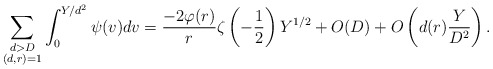
\begin{align*}\sum_{\substack{d> D\\(d,r)=1}}\int_{0}^{Y/d^2}\psi(v)dv=\dfrac{-2\varphi(r)}{r}\zeta\left(-\frac{1}{2}\right)Y^{1/2}+O(D)+O\left(d(r)\dfrac{Y}{D^2}\right).\end{align*}